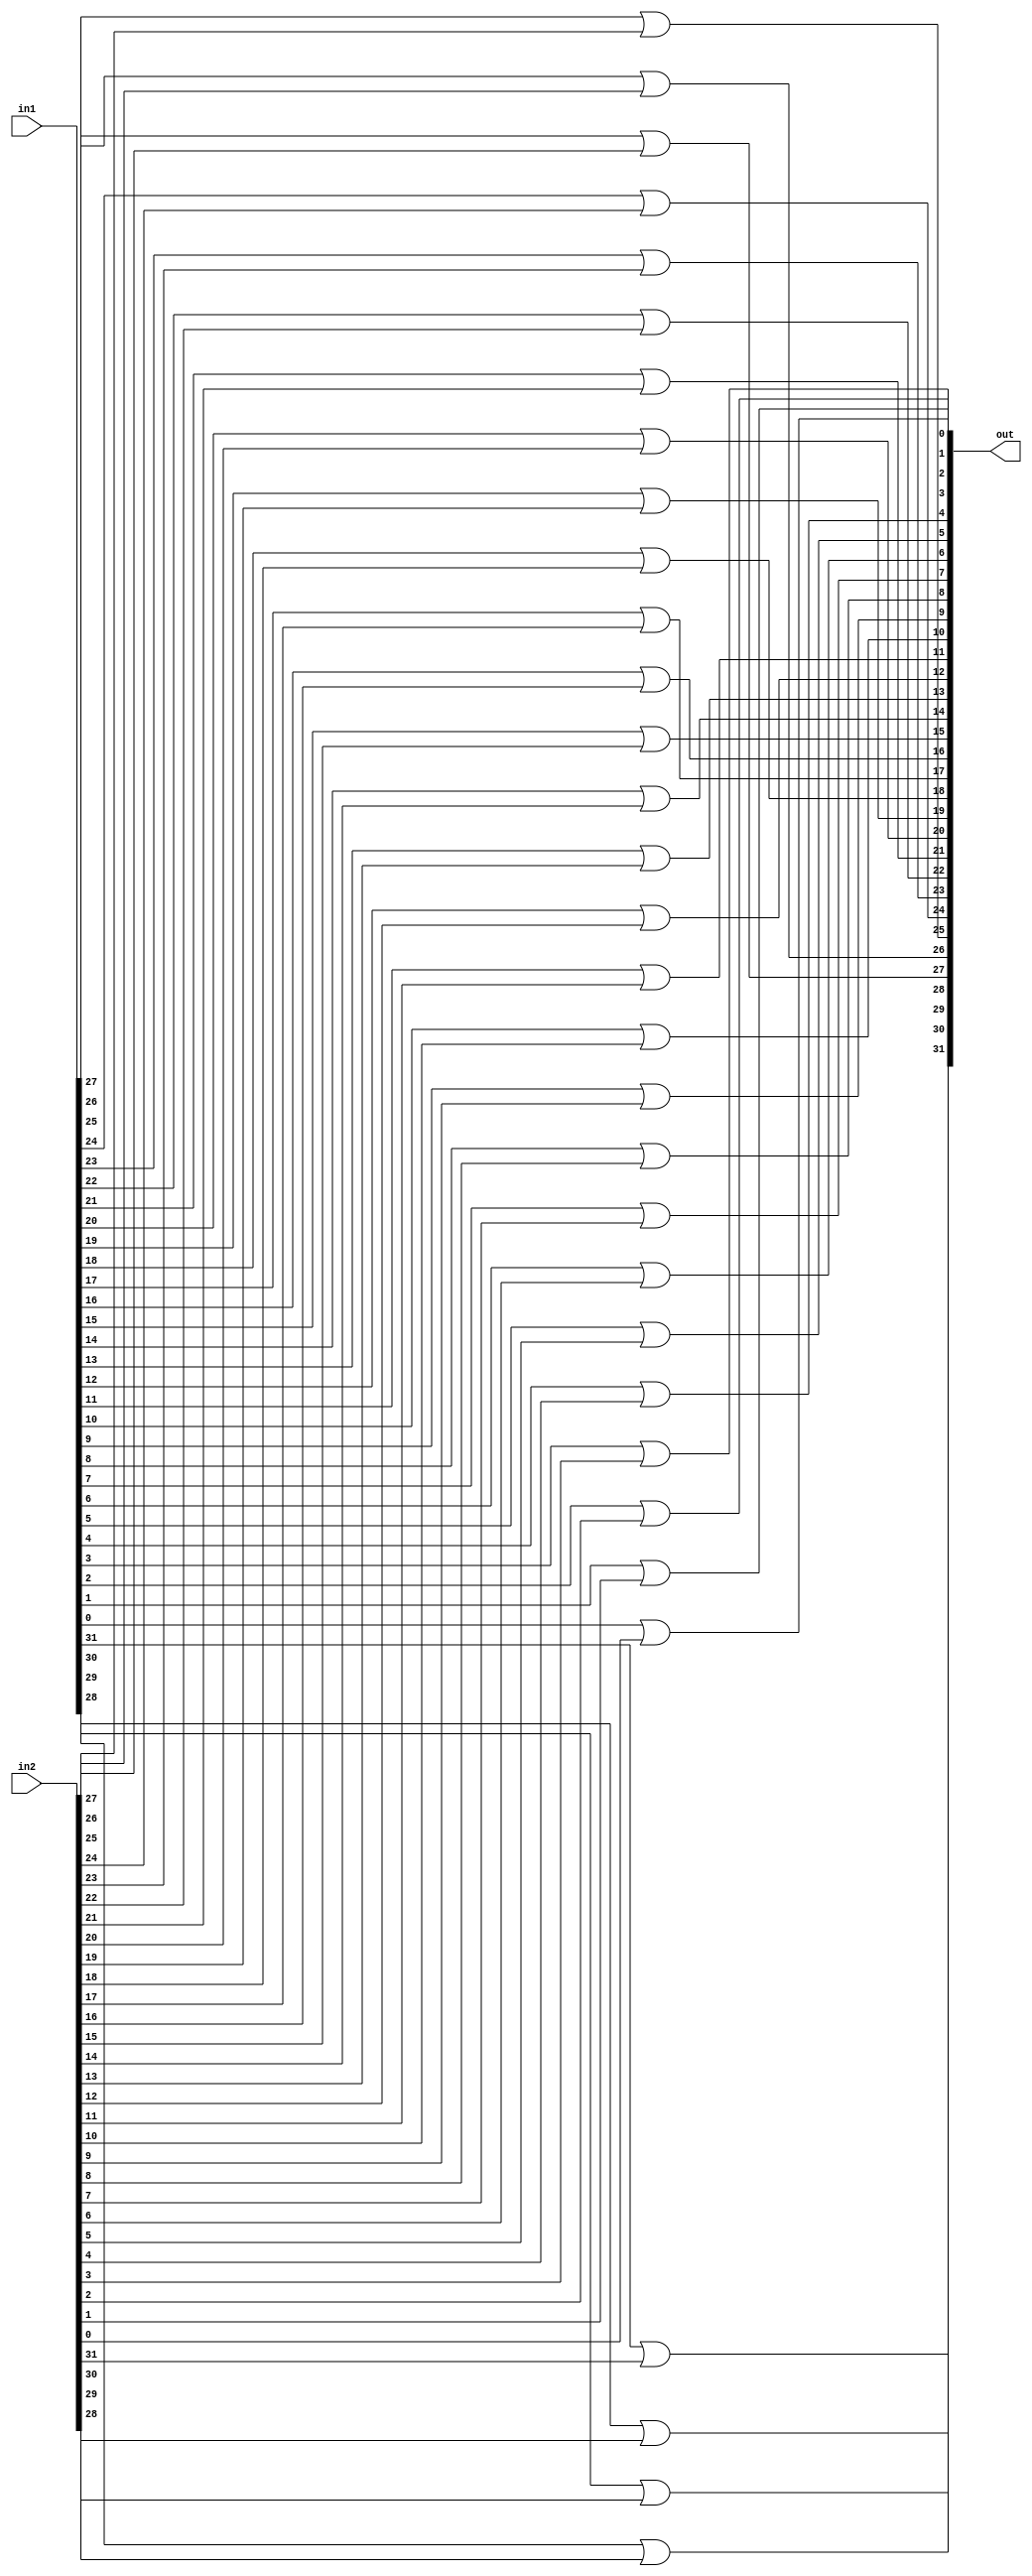

module or_32(out,in1,in2);
	input [31:0] in1, in2;
	output [31:0] out;

	or t1(out[31],in1[31],in2[31]);
	or t2(out[30],in1[30],in2[30]);
	or t3(out[29],in1[29],in2[29]);
	or t4(out[28],in1[28],in2[28]);
	or t5(out[27],in1[27],in2[27]);
	or t6(out[26],in1[26],in2[26]);
	or t7(out[25],in1[25],in2[25]);
	or t8(out[24],in1[24],in2[24]);
	or t9(out[23],in1[23],in2[23]);
	or t10(out[22],in1[22],in2[22]);
	or t11(out[21],in1[21],in2[21]);
	or t12(out[20],in1[20],in2[20]);
	or t13(out[19],in1[19],in2[19]);
	or t14(out[18],in1[18],in2[18]);
	or t15(out[17],in1[17],in2[17]);
	or t16(out[16],in1[16],in2[16]);
	or t17(out[15],in1[15],in2[15]);
	or t18(out[14],in1[14],in2[14]);
	or t19(out[13],in1[13],in2[13]);
	or t20(out[12],in1[12],in2[12]);
	or t21(out[11],in1[11],in2[11]);
	or t22(out[10],in1[10],in2[10]);
	or t23(out[9],in1[9],in2[9]);
	or t24(out[8],in1[8],in2[8]);
	or t25(out[7],in1[7],in2[7]);
	or t26(out[6],in1[6],in2[6]);
	or t27(out[5],in1[5],in2[5]);
	or t28(out[4],in1[4],in2[4]);
	or t29(out[3],in1[3],in2[3]);
	or t31(out[2],in1[2],in2[2]);
	or t32(out[1],in1[1],in2[1]);
	or t30(out[0],in1[0],in2[0]);




endmodule